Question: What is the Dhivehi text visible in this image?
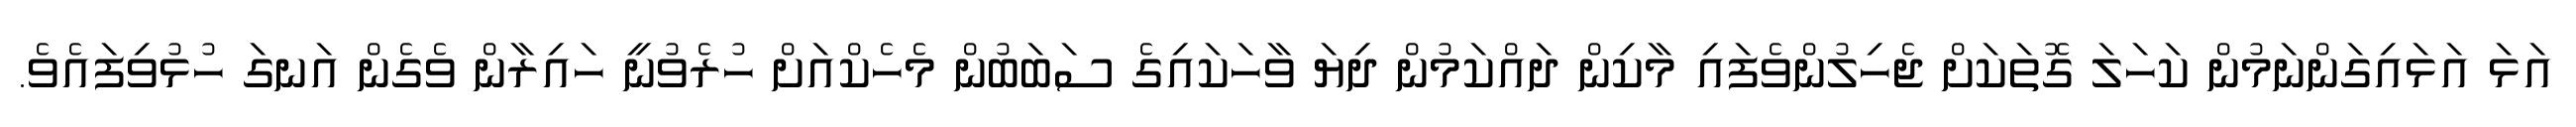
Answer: އަޅަ އަޅައިގަންނަމުން ކަހަލަ ގޮތަކަށް ޖެހިލުންވެފައި މާކިން ދައްކަމުން ދިޔަ ވާހަކައިގެ ސަބަބުން މެހެކްއަށް ހުރެވުނީ ހައިރާން ވެގެން އަނގަ ހުޅުވިފައެވެ.